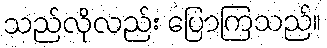
သည်လိုလည်း ပြောကြသည်။